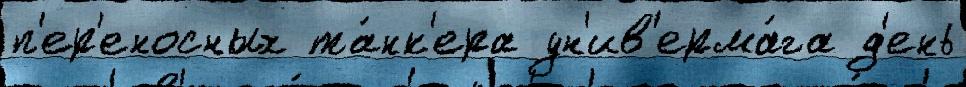
п'ер'еносных та́нк'ера ун'ив'ерма́га д'ень